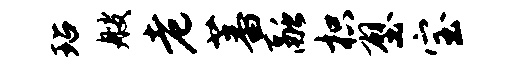
玷艘老蕃融枳壁宝